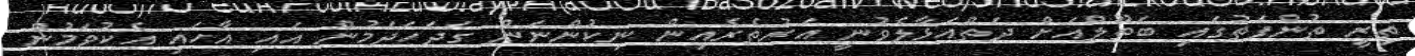
ތިރީ ތުންފަތުގައި ބަތޫލްއަށް ދަތްއަޅާލެވުނީ އަރުތެރެއިން ނިކުންނަން ގަދަހަދަމުން އައި އާހައި އެކުވަމުން